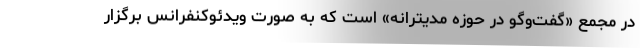
در مجمع «گفت‌وگو در حوزه مدیترانه» است که به صورت ویدئوکنفرانس برگزار